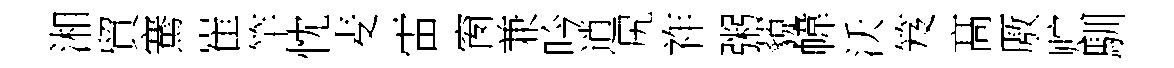
湘貿騫崔竿忱麦雷窗兼吟逍尻祚粥藐幃沃笈髙厫贮馴